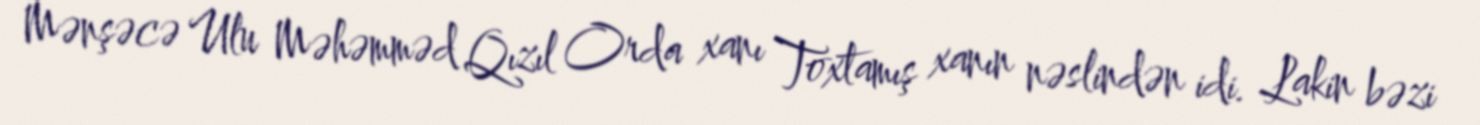
Mənşəcə Ulu Məhəmməd Qızıl Orda xanı Toxtamış xanın nəslindən idi. Lakin bəzi